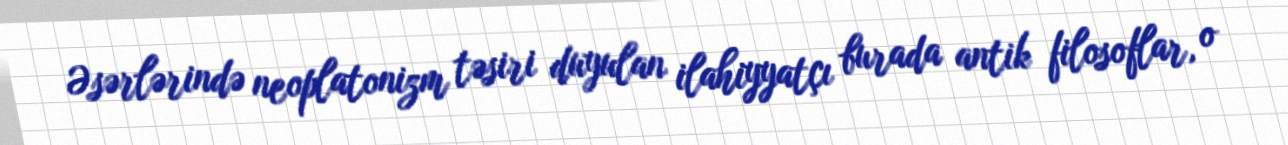
Əsərlərində neoplatonizm təsiri duyulan ilahiyyatçı burada antik filosoflar, o